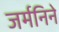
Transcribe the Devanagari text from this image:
जर्मनिने